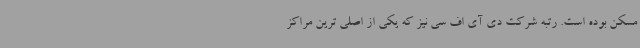
مسکن بوده است. رتبه شرکت دی آی اف سی نیز که یکی از اصلی ترین مراکز